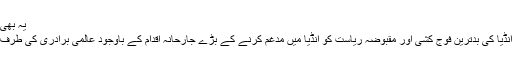
یہ بھی پڑھیں دہشت گردی کاخاتمہ اولین ترجیح ہے، وزیراعظم نوازشریف
عام شہری اس بات پہ بھی حیران ہوتے ہیں کہ مقبوضہ کشمیر میں انڈیا کی بدترین فوج کشی اور مقبوضہ ریاست کو انڈیا میں مدغم کرنے کے بڑے جارحانہ اقدام کے باوجود عالمی برادری کی طرف سے اس معاملے کو سنگینی کے باوجود اہمیت کیوں نہیں دی جاتی۔